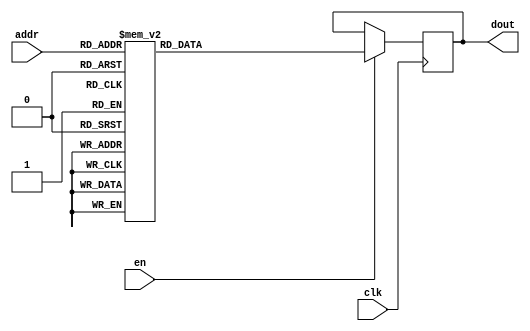
`timescale 1ns / 1ps
/*
Copyright
All right reserved.
Module Name: rom_syn
Author  : Zichuan Liu, Yixing Li and Wenye Liu.
Description:
A synthesized ROM: ROM_DEP x ROM_WID
*/
module EC_1_W_ROM_F_1(
// inputs
clk,
en,
addr,
// outputs
dout
);
localparam ROM_WID = 1152;
localparam ROM_DEP = 32;
localparam ROM_ADDR = 5;
// input definition
input clk;
input en;
input [ROM_ADDR-1:0] addr;
// output definition
output [ROM_WID-1:0] dout;
reg [ROM_WID-1:0] data;
always @(posedge clk)
begin
if (en) begin
case(addr)
		5'd0: data <= 1152'b010110000111101101011001010000011100011010100100111101010100110000011011101001111111001100110101100011100000001100000110011110110000101110001001100111000000010000010010110011100011110110000010101110100001000110001000011001101101100000111110010010100010000101010011111010101001011010001100000111101100000111111110100101000111101010111001110010001100000111011010011110100001010000101001010100111010110010111101011111000001100011101001101111111011011011111100110011011010100001100100110100010011011000001000111000011001011101110000001100101000100101111010110000010111111001011000011111011111111110000001010110011100011101111010000010100111100110101101000101110110100011011110010101111001110011110001000011101001110100011101001100110011111101001101001010101100100001011110110001011001001010111110110011000101100010100001100101100000101001110001101001010000001001110000110110000001000010010001100110111000000100001111101010001110111010010111111011001001010111101110001010000101000100011000001111000010110010100100000000010000010000010010000011001000101010000100100000101110010110001101110100111110001000010110000010011100011010111100100011101101101100000101;
		5'd1: data <= 1152'b110111010110101110000101011011111010110001110110110001110110110011001110010011111100010110000111100111011010101011001110110101011001110111101011101111001110000111110110111111100001100011100010110010010100001111111000100111101011010100101110110001011010010010011101110111011000110001101001011100011000001111101110100100001111111000110101010010010100101110101101010100100000100010000101010010110001100010010111010101110100011011000011111011111010100011111110110011101001010111001111100011011000101010000110010001010001111001111000010111111110001000101000011110111010111011111000001100110010110111001100110111101100011111111000110100101001100010011100000101110110101111000100011101010000001110000010010110010111001111011101010100100011111100111101011100000001001000011110100011000111010011000001000011100011111000000110011001010000110111010000110001100000010100010011100110011000000000101000010011111001001110000110011100101001001111011000000010111001111110010111011111011011011110111010011100000100001100111101001110001000101110001001000000110010001011010010100110010000110010001101001011101110010010110001101101101110000001100011000001000101100010101111;
		5'd2: data <= 1152'b000110011010011111000011010010110011111110011011011000010001011010101010110001110101010010110011010100010111101100011100010011010010101011010011010110101000000101011011110010100010111010110110111010111110000010000110010101001100001111111100000110000011001100111000011110010000001011011001000100111000111010110101000011011100101001100011100100001101011010101101010100101000101100111010001110000111111101000011110111000100011111110110011001110100111110000100101010111001000111001111100100110000000001101110010111001101011111001100011101011001110000010001111111110010100111010011111100000010110101001010011101000111001100001110001110101010101010011000110100110001111111110110000110001101100001000000101001101101011000000101010100111111000011111111010011110011100110100011111000001001111011000011010001110001101111001110101000000010010100101010101010110001010100000111111110010101010010111010010001101101010110000100010111010010011000111011101011010000000111111010011110010011010111000011010011100000001011111000111000000001100010001110100101110101111000100110111111001000000001001000101101101100010000101101111100111111000011111111011011110110001001110110;
		5'd3: data <= 1152'b001000010011011100100010010011000110010101001110101100010010111101000110110110100001010111110110110011001010111001001101111101111000100000010110110100111100011100010001100011101010110100101110010101001111010110110011101101100111101100010111110100000010001011001000100000110000101100000011010100000000011011101001110110101001111101011010000111110000101000011100101110011001000011001110010000000000111110011010010001101100000101111110101000010010011010110110110111000011110111110101010011110000111010011001111000111111100010000010010111011001001100010000110011111110101010010010110100101010100001001011000000011111101001011001000100001101000111100111100011011010110010111101100111000101001111011010110100101111010001111001011011011000000010100001101011111000001011001100011011000011100111010101001100110011100101001111101010011010011000010001110001100001110110110110010111110011010101011000111011011011011010001100010011110010101001111000011000111111110011010010000101000011110111101010110001010011001000110011010100000010110000110111111111000010011001111100110011100111000100010110110110100010010100010001011000001100011110011000101011010100011110011101;
		5'd4: data <= 1152'b010011111001100111101111010101010001011101000101111100110110100101111110011010000100010100001110001111100101110111100010110011101101001100000011000101100011001101011000010010111110100010101110000011001001010111011001011110001101001101000100000110000000000111000101101111010111001001100111110100011001100110010101011011101110111011001001011101010110011111010000010000101101101110111001011110100111101010000001100111100011011100110111011001010111100100111111101111010110000100011111001100000111000111110100110011101000011000010010001111101010001001111011010010111110111010110110011000100111011100101011111100001101001001111101001110100100001010100011001000110011111000011001000101001100100101001000100001110100011011001001101111011110100011110010000111111010101011100001111111000111110011010101010011100111010100111110011000010110111000011000001100111010011110010111001000111111000111010010010101001000110010010100110110000010110001110110101111101010010111110001001110000111000111101111001101100010000111010000111100000101101000001001001001001100100110010100001001011011111011100101001000110011000101100010000001100000011010010010110101001111101100010111;
		5'd5: data <= 1152'b010000000011111001011011100100111110001100101110111001010100010110000110001000100000001100101000011101101000010010111001101100100111010100000001111011110010001100100110001001101100100101001011010101001110101001010101000000110010100111010001110110000000110101011100000101010100011111100100011010001000100110111000100110011111100000100110000010110101100011001111101111010011100100001100111100011010010101100100011001110011101001111000100100000100000111100110000110011110101100101001011011101100101111110111001110000111100010101110010000010000000110100111111101100110010101001011111010011111101001010111000001110011010000010001111001100101110011011110000000011101010101110001111000110010110110101101000010110011011100001110110000011101100001111111110010010110111101011110100000110100011100111010000111001111100011011101000110101011011001001010110110100001110101111000001010101000111100100101111000101100011110001011010110110101100101111101110101100110101001000001000010110111100001010101110011001011111101101111011001110111000010001000010101110000000001000000111111100101010010010110010111110001100010011001010100111001110000111000011001011010011101000000;
		5'd6: data <= 1152'b110010000010101111001010110001111001000010100111101010101011010010111110100001110001100010010100101111010110011010100010001000101111110010100011010111111110001110111000101110011000111010010010101001000000110101101011111000001101001101001111100110100110001101110101101111001111100110100110100100001011010000010101111000001011010110101101010010111000011100111000001000111111001101100010000011000001110011001100011001110110010101100010111010011110100010011011000000100000010100011111101011010110100001010000000111110001100010100001010110100000001111101000110111011100110010110011001101111100010001111100101100000100001101011100000110110101101100010001101101001101010101010101100100010101010001010010011010111000001110100100101101010110110100011110001000111010001110110010000011010000000110001010011000011010010011100001110111011110110011011010010100001100110100100010110101011000100001011010001000010111100010101011010010000101001110100001010101101110100111111011010100000001110001110100110101111101110101011001010110110100001101110111101101110110111101111110100000011001000011010011110010111010000101011000001101010011010000011000011000111101000101111011;
		5'd7: data <= 1152'b111101000000110001110101011100111101001010111100100001010110011010101100001010011100110110100101001001110000101011110001111100101110010100100001101011000110001110000111111011001100000101101001100100010100001011000100101001110000010100000001110100111101100100110100101011010101110101110101100010101101000111001100011100111011110100001000110011010000001010000101110000011001101100001101111000011100001110111110010110111100100011111101000110101101000001100110110110101111111111000111101011001000011011000011111100000111000110111011101010000110001111100011111101011000000101101000011101111111001101010011101001110010011100000011110000111111001000010101100110000101110100010101100010101111100010010010000110011011101111111101100000000111010001100010011001010000101110001101001001011011011010101011000110011010000010011001110111011111111101000111111110000000110000011010110011101010010100011011100111111000100110110011101111110110000110011101100010011101110110101111110110100100010001000100100110111101110001000001010010110100010011010101101010011111100010100001110001001001010110111011001000110011111010000111010110001010001011110000101101010000101101000110;
		5'd8: data <= 1152'b010100110011000101100111001100010010111001011101010000110110010011000011011001100000110110010101101111011111010100100011000001000101000101100011001111100011000110101000111000001000101010000100110001101100010101110001011110100110011111000111011011010010000000110000101110110011101001010001011110111110010010000011001010101101001010000000000100001100111101000100110001101101001100111011000110100100001011000011101011100111111110000000011011111001010111110101101111110000101110011001001101000011110100110110100011100010101001000010001110111001011010101110000010010000101010010100011001101110011100101011011110001101011011101101001011101010001111100011111000110011111010011001001001100100010100001000100101010100001011010000000111001110100011000001111011111000011000100001101111000001111011010101100111100011010100111110011000010110100101011101011100110010110010011111001100111111000111111110110101001011110010000100110100011001011001010101001011101010000110110101011101000110101110101111101110110110010100011001110110100100111011101100101101011111111000100101011100010010101011101010001100110111000001010110110001101010001101111011100111011001110110011011;
		5'd9: data <= 1152'b010101100111011010100111101110110111111100011011111001111011101001001111110110110101111100111001010001111011110001110000111110101110101010000010111011101101101001000001110001100000000110110111000111100010101000011101011000101100001100110101001111011011011111110001101001011001111011111001100100010110100111111010100101101110111010111101011111010110100011110100011011010011000011101110101101001010011011111111101110111010010000111111101100101001000101101011110010111111111111110010110100000010000001010001101110110000010010101110010011100111001010101101010111111100101011001111001000100101110101111100011100001101010010111111000110001001111111010111100011101011111010101111110110111111110000001110010110001010111000010101100110000111110011111000010000111011010111101000010000001100110011101011110100101001011011010011011110101111010101111101111011010111111101111101111001110101011100101011011010011000100010100101110111011101100111011110010101011101001111001011110111101111110001111110011100001100110001001110101000101100100011000010111001001111111100111100110101001111010001110111010101111010110000001101011001011011011010001110111111110011010110000101;
		5'd10: data <= 1152'b101111110011011100001110011010001011110000011101110000011110001101010100001111001110001001001011101101010010010100100001011001110100101100100110101001011011110011001100111100011100100111000011101001011111111001010111100011010011110101100001001100111000010101011001001000111110111110110111111011001011001111111010101011010001001010111110011100011101001111010100111101011101000111000101100010000000001011001011110110110101101010011111100010001011111110001001111001101110100010111011011101011001110001101001110110000011010100011000100100011101001100100001110011001011001100101101000101111110101010101111001110100110011110010001110110111111101001110101001111000100100001011011101000111100111010100001010000100010100001000000000011101010011000000111110101101100111000111000100101110011110000110110001010101110001111001000010111001111000001001100001111010011001001101101101101110000110000100101001110100010101101000101101011000011111011101010111101000101111111110110111011011101101011100100001010010011110100101010101001101010011101001010011000000101011111111011000111101010101101111110111011101111011111011100001111010101100111100101111011101010010011111010;
		5'd11: data <= 1152'b110110001000101011011001101000011101001111101110101100011010011010101110001001011001101010101100010100110000011010111100101000001101001110001000101011011010110010010110111101110001101011010000111010000010000111001011010001001011010000101110010000000000000111101110010111001010111010111100110011101101001100111110111110100111110100011011110010001100001110111101011010010100011111011101011111001100010011000001111010111101101010111011111111011111101001110101001010111100011110000110001111110101000011110100110110100010011110000100001011100001110011000110100100010101001001001001001100010110100001000111111110111010110000111101010000110001111000110100111111110101101101011100100010111011100000110101001011010001110111011100000101011111011101101001111100011101110111011111010011010001100110101100011000110100011111111011111010011110000100010010110010101000110010000111101001010000000101010000110110010010000110110011001110100001000110001111100000001100001010101101000000111101000001000100110100111101000001011101000101100101011101101010011000111101001101001111001000111001111011111101101101010001111011001110000111011011100101001011111110011000101001000111;
		5'd12: data <= 1152'b000111000011000100000110011000010010000111101010100001101101100101010001010100100100010100101011000110111001100111010010000110000011110000111101100001000111000101100101001111111010010101101001001100010000001001000110101100110000100111010001110100100001100100101100001010011000000001100101001001000110001110100001110110010011110101000010110001101011101110010100100100010000001011011101001000001011001011010011010000011110101100010000111000101001011100100011101101001000100101010101110110101011110100111011000001111110100110111011000101101000001111011011111100101110111011100111000010101100001100010011110011011100111011110111101100110101001101011000101110110100010001100001000111011110111111110100110011010001001011000010000101001100011010001010100000111111001110011001000111110100110010110001100011100111001010000001010111010000011101011010011001101011100000111101011011000011110111001101010001011011101110000100010100111000010000111000100011001100100110110011001011001010110100101010101101000111111011111101101010011100111011111111100000100110111100100101111101001000100010011101100110110100100000100000010010100000000011101110001111000110100110011110;
		5'd13: data <= 1152'b100010101100010010010100011010001111110001001001000000011010000011000010110101001001110001010000111000111110011101101110001010000011100000010111010110101000001110011001001111101110110100010100011010001110111110111010101110111101100110010010000010000000001001000101101111110010110001111100100001011111010010010110110010010010010001001000101001100100001010011100001100011100000110111101100100101000100011000011110011101001011111000001000011010001110000010011101101010101100101000111001110010000000101101100001000101101111000011100010111111000111010010011101011101110100110110110011111000011110110101010011000000110101100111111101100011010001000100001100000110010011001111001111111100101100110010110111011011100011101001000011101001101001010011100011011010101001111111001110111110011111111000001000001100001010100100110111001000111010001001000101101100101010100101111001000010011000101101000000101101101111010000100111001011011111101111010011010011110000111111001011101010011010111101010110001100011001001010101101000001001100010100001111000110011001001011001100111000101100110001110001111011000001111000011001111000111000011000110101011010001110111010001;
		5'd14: data <= 1152'b110001100101010000111111101101000111001000001010001111001101001101110000001110101000101111110000111000110001110000101000100011010101010011111000111000011001010000000101001001000111000101001001011111011110100001000010001011110011100000110001011001011001110000011110010110000100011110101101010011110010001001111001000010010111011000100101000000100000100110101011010101010110011101011110100001111100010010111110001000000111101000001001000111101001001101111101001101001100111101111000111011100101110100101111000010000101000101111011111010110100110110000101001001000111010001001101000011111000001010110110100011010001000011110001110100100101011110110001010001011111110000110110001011110010011101100001000111111010100100000010010111110010011100000001111101011101010111011101110101111100010010110101100000011111011001001101010010111101001001001001001001010101111010100000011010100000000100100111000110100000000110011011110001100110000101101110010000111011001101100111001000101000100000011100110010111100000101110101010010000000010111101001100110111100000001010111000011110110011011110011001001010011001111001000000011001001111110010000010100011101100011000101;
		5'd15: data <= 1152'b111010110111000101011011110100110000110011111010111010110010110001101111110110101111110010111010011110111100010000111100111101100001100010100110111111011000000100111110010111111101111010100101111011010111011000101100110110000101011001010000001110001000101001111111110111101110110000111011010101100111001101011001011100110111010001001101111011101000111111101101010111011011101010000100010110000110001100000111010000010010001101110111101011101110110001011111110011000101000101110101000010110101111010011110011010100111101011101100100011001011100001100100011101110110100111010011011110000100110011101000111001100011100000011100010011101100110100101111111011000110001001000101001000110011010101110010001110010001110000011111001001010010111111001000011100010111111011011101001001100001100101010001111111100000100001011011011010110111000100011010100001100110110000010001100010010111100110011010100001100100111111000111000000000001100000101010000100100001011001101011010100001000011011000011101010101101000101011000110101100001101111111100111101110101001001001111000100010001101011000011000011110001100011001110000100101010111110100100100101111000111011001111;
		5'd16: data <= 1152'b010010100010101100001011111000110010001100000110011110000110111101010111010111111100010101101001110100010111110101111010110111001010100000010011001111100101100110011011110011011001111010100100110011101001110110010001011100001101011101001110111111001110001101110001001110110011011011110001111110010111100010000011100011001000111001011001100100010100110001000110100001101011110010110001010001111100011011100101101011100100011010010111011110010101000100111101011100000100101100001110001100001111100100110000100001101000101001000010110010111001110110101110100001110111110110110101001101101111110001011110000111101010000101111101011001101000011100100010010000101011111110000101101011101001001100001110100101011110001011111100110111100101000011100110101111110011110010100111010101010011010100010000011010000000000011111010101000010110100100010001010110101000001111100111001000100001000111000010110110001111110001011101110010010110101101100101011011100011010101101001000111010100011011010100000011110010100100010001111001001101110010001100111011001100000000010111001000110110111101100001110110110011100010111010100011110010001100100011000110010110110011001100;
		5'd17: data <= 1152'b001111001011010000011010010101011000100010011001100001100000111111100001100101011110000000010110111011010000010000111011111110100011010100110111010100001101010110010001101010101000010101101100100000010010111010110010011111110000111011000011010110101111101100111100001001011000000011100010000000001111111110101101010100001000100100000001111100000111111101100001000000100101001001111001100110011011101100111010000100011101100101000111110011011001010001000010100111111011110001110001110101110100101110011001101000111101100110000010101111000010000110010101111101001100111010100010111011100111110111111101010011001110111111001111101100110010000001011101000110011000110101100011110001001110000011000110110010101001001000011010011000001000110100010101111011111110001000110001110001110110111010101011000011101101011110010110011001001101001010100101111110100110110100000111100001010111100001110000110001100010011011000110111000111001110011111110100100010101111010010000101001011111100011101011100100111010010100101010011101101100111100101010000101101101111110100100010011111001101011111110100101010011011001111000101011101101100011010110011011100011110101000110;
		5'd18: data <= 1152'b001000100101111011001011000011000011011010011000011111011111011110000101111000101001111110000010111101000111010001101111110101100000010000010100110011110000010000010011100000100110001001001000010100001110000010000100100100100011100110010000011000000101011010110110010011001110100110001100010101111000011101111101011110010111100111110010110011111011001100101001011100010110001001101110001101010000011111011111010011011001101011101011101010110001011101001001111110000101011011110001011101100011100100111010010110000101000010011001010001110011000101011001011010101010010010101000010110110111000100010100011001010010101001010101001110110111100011110001100110100100000001010001100110111111111010100110000010110101101001011000000101010111010100111010010000001011100111111000111111010000010110100100011100011001101011001011100011101101001001101101001111111101100000000011001101111011001000110011111010001101101010000000010101111111000111011010111000111010111011000101111001100011110101011000001001000010111100000110101100100110000011011000000110100101011111100001110110111110101110110010000011001100111010111101000100101000010111111111110001111010010010110000;
		5'd19: data <= 1152'b110111101000110010110101111000111001001011101011100001101111001011100110001101011100100000001100001001110000011010010010001000000110000000101000100001101010000111001000111000111111111001010010011000010001010101001110010011011001011011010011010001110111000101101110000100111100111011011001011011101100001110111001111100110111010010010100110111011011001011010101101111010101011010000111110001111110110000111100000011100010000011000101011111101111001001110000010100000110111111000000100101001011000001010000100001010010011101101101011001010011110001100101100101100111101000011001010010010100001000110100100101111100011001110000010110100000011100000011011100100000001100001000001010111001111000111111001001110101001111101101000100000011001001010101001100010101110000001111000011011011001100100010111010000000110011010011111011101111100100110011010000000100010111000010100000001011010100010010010111010010000110110111111000100100010000000001001011001111010100001101010100111110100000010111001110110101001000011001100110111101111100010000110100110101001111000001010100011010100010100001100011101100110010110110000100110011000101011110110111111000111100111010;
		5'd20: data <= 1152'b110111101000000000011000000001011000011101101000100000110101011000000001000011010101100000010010000101111000000011000100000100001000001010000011000110011000000111000101000011001100000100100011110010111001010110010010101001011000011000010110100110000000001101001011110101110010010001101110011101011100010100001001100011001000100000000001100110110100100000011100011101010000001100001101101111001010000011000011100110111110101110110010101010100100011000101101100111110010001000110101010011110001000110000111000010111100110000111011101010000001010000000011000111101111100110111001000100101101101001111110010001010100010111111101010110000001111110100111110101001011111010111110010111000100001101011110111111101010100101000000010011010101101110011001101111000100001001011100110111100000101011111001100100010010101100100110111100110101110000110100100011100111011100111001010110101001000100010000100100111100011010000101101101100111001001111000001010011101101110110011011110000101010001001100010001101101000001010001100100100001110110000111110111000011011011111001110110100100000100010010110011101110110110111101100100010111000110111000110011110110011100111001;
		5'd21: data <= 1152'b010111110110010000011110000010101101001111001001001010000001011010110000111101111001100001100001111111100101101110101110001010110001101110110111001011101111110010011100110110011001001001110001001010010001010101110011010110111001110000110101000000111001110101101101001110011111000001010011011000011111011011110010011010010011011010011111101100010011011101011010010100011001100011000101110011100110011001110111101000011011001011101101001010001111001011101001001100111100111100100100001101101101101000110100001110101011100010000111010001111110110010011100010000111011111011011110011010010011010111101000010110101011110010101100011000111001100101111100001110011010100011010111110000010111011011110101001011010001011010001111101100001001011101011001111101011101100011000111110000111100111010110000100000000101000100101011011111000000010000011001011100000001111100000000001101100001111000100100001000101001010110001010010111111010000111011101010000011011101011111110011010010011100011001111110010101011011000000100011000111001000101110000001110011001001011010111101010010011010011100101011000010011111011001110101111000000011110000001010100011001101111000111;
		5'd22: data <= 1152'b100000110101010011100001100011010011000100001001010101000101000010010011111000010110001010110000000010000010001001110100001110100010011101111110011010010000110001110101101111100111010101001000110101001100101000110111101101110000000000101011011011001111101010110101000101101110000001001110100101010101111011010101100011001000010101010010000001111011001101100101011010110111100001011000100110010100101010001001000010111110110111100100010000011000111010100001101000110001101101111110010001001110111001011000001000000100110001111111010000010001111111000101011011000000010110101000001101111100111100000000010011110100010110100010100101001010010110001100001110011101011111100001100010000111001111111110111000100010001110001100000110010101110110101110000000110011001000000100010011010000001110001110011000110000101001000011101011101001011001000010010101000100110011001010110001111001011010010010000011010111110000101001100111100110001110001000010100111010111110000011011000100000010001011101010011101000011111001101100110110100001111001100100000000101111111100001001110000000001111111110111100110110001100110101010010011000000011100110110100011101000001110011;
		5'd23: data <= 1152'b110111001000100111001000010100110111010101110111001010010011000000101011010011111101111111000011001000010010001010110000000011001010001110000100000111101011011000111000100110110110111010100111000000000111100111011110111100001110101001001101001010011000001011110111111111000011000110011000011100111101110000010111011001111010110000101001000000010000011111100100001000111010011010110000100011100011100011000011110000111010010110101110001011010111100010011011101100101000001111010111000000010010010001010010000011110000001110100001101101100000001111001000010011111110100010110001110001111101100000011100001100001110101010001101001110011000000100000011100101100011011110100001101010001101101110100010100001111011011001100000000101000110010011001010010011110011101010100001110011100001001011010011111001010010111111100111101100010110101001111001001101011000101100000111000000010011000000101000000111110100100100101111101010000001001000100111000010101110010110001111110000101101000000001100001110111101110011011001100010100000011100100011001101000101011100110011001010111100001111001010101001111100001001110000110101101110100011111110000100010010100010110000;
		5'd24: data <= 1152'b100110000010100010011001010000111001101011000001100010101111010010001010100101001000110110110110110011111000011000000011001000001010100000001001110111100000001111010011111100011000111000100110101110101101000100001101110001001001110011000010100110010010000001011100001111111101111001010111111110111110000110101010101001001111100110011111110010111000001110001111110000101001000110101001110110010001101110000111101001111011110010111101110011001011000010011010010100111001100000000100010011100010101001011011001110010010110000100101100000100110011000000111100101111100110110110010110011000001011110010010011111100101010010110110000110001010101110011100001111010001011100110011110101111101010111001101011110001110111100011100111111010011010010001111011010100100001111101001110110000000001100011011011000111010000100101000100000000101100011001001010100111101001111101011010111010100001011011011001110001101110000100011010100000100001110100011001011011010000100101110110010111000001111110011110101100100011110000010110010000111101011001100100110010100000111010001110001111110110010000101011110101100111110000001011101110111000010011101000001101100100110111011;
		5'd25: data <= 1152'b101111000000000010100111010100110101111000111011101001000010100100010111010010111111010001110011011010011101010101100101011110001101100110011100110101010000000101110010000111110010011101111110011111001110101000001111100010010011011110011001101010000010100111011001111001100000111000101101101011001111001100111010111110111010001101011101010110111111001110111110110000011100010101111101001110000011011001001011110100110111110110101100111001010000111001010011111010101011011010111011011010110001001010111011011011101100110110110000100101010011100100000010010000111110101011010111011110010110100101101110100011001010100011011101000100001001100100111100011001100000011110111101001110010011001001111110000011101000111110011111111100010001000110000100110100111100010010111001111010001011101111011011110010010011011101001111111100000000011000010010111000101101010100101111011100111100111100101100101000001111110011100001010101011000100101001000011000010101111011110001011110000100011110001001010010001001000010011111100010000011100010100010110110101100000110001101010101110011011001110000110011001000100010100010000100100001110100110000101110101010011010100001;
		5'd26: data <= 1152'b010001101001101110001110011111101010101101100001010110100100001101110110010100001110010100001101100110000011000100000001010001010010001010101101110011010011011001101110100000110110101011010111111001000101001011001101100001101101000100110101010100001000111101010011001000101110111110110110001011011100001000111010100101111100000000111000110010010000101011110101011111110100001000010110001010111111010110101110000011100000100001000011011110101101101101111100110000000100110100000010100000001011010101011011110001000010011111100101101101100011110000001101100011110101111110101011010100001100000000001100010000101100100101011100010111110110101000110011111001100011101101011100011100011010110000010001001001011101000111110000100101111011010101111010110110111010011101101110001110011000100001111000100111010010010001101100000100010001100101111010100001010100100101011000000010101111000111001011010111110011010011010010010110010101100111000001101111000011000100001101100011111000010110010011001100110101111010011000100011110111101011110001010100110111000011010011110100111010110010010001000011001100011110110101100100101111110001011110100111101011110100110010;
		5'd27: data <= 1152'b110110101000101010010001111000010010011110100010001001010000011100001010001111000100001011001101000010111100111011110000000000101100001110100010001111101000001100001000110011111010111010110110110010101101010001011011111100000101101001001100001010000000000001000011001010100011110000000011110110101110100000000110101000000000101001110100100101011100110000101110010011101010100000110001000111000001111111001001101001100110111110100010011101010100101110111001001101000100001110111111000000011111000001010011000111110000100100111101010010010000011110100101010011101100011101101111110001011011011000010111111111010111110111111001010110010101111100000001101110010101111100100011111010001101111111001110111001111100011111101000000001101111100110101111010111010000101000011001100011000000011111001011110001001011111011000101110111111101101000011000100100101100101110011000110100001110101000001001000001110100110010010011110010000110000101000110001000011100110010101111111110100001010110001000100001101101000111111001100100100000111100010011101001011111111001100011001101110000100111001010101010111101101100110101100000011010101010011101110111010110100001000101;
		5'd28: data <= 1152'b100010000001001101011111010000110000101111001111111011011010010000010010110101100001110100110010110101111100001001011010001011100101100010110011010100111100011000110011111011101010001101101000010110101010111110010011110001110011011111010100110110101110001011011110110011000001000010111111101000101110111001000101001001101111100100110101110110110011010000101111010101101111011011111011000110001000001010011010110000010111001111101010100000010000010001011010101101010001100111111000010001111000001010011000001000010101100000010100110100011010001101101110111011101000110101110100011100111011011110010001101000010001101101000111101100000010001111011100110111000101110110110011111110101111001110100110010110001110000100101101100010111100100000100101100000111011010011111001110100011100100100100000010000011100001010100001110001101111001011100000110100011101110110000000111101010000001010010100001000011100001100000000101001100110001111011110111000011000100111000010110000100111010111011101100000000111010010101111111100110010000000001100001011001000011010110111001101101000001110101110011111001111001100110001110000001100001110110001101111010101001010011001;
		5'd29: data <= 1152'b111110111100011000010011101111001111110010110001011010000011110010100101101111111110100010010101101010010110101100100111111001010000101100111010010111111100110000011001100011100010001000101100010010101110001100000010110100001100001001011100001010100001001010011101010011010011011001111011011000000010111101100011011000101101100001010011100100001010001010000111010100001100111000011001111101010111111101101000000111101000010110110110011000010111110000001110101111110011010010101101000110110111001111110111111101111101111111000000011101111010111001110010101010110000110110110000011101000000010111111010111001000110001101011110000111101010100101001110011110010000011001010011001011011100001011100010110010100101011010101010111100000100110111000001001110100111000010100101111110011101110001010101011101000100001100111110001100010110010100111111001011111010010010000100001111110100010111100101111101001000101001110010010001001010011101011010000000010000000001010111111100011001011101000010110110010000011100111010001001000011100001001111010001111010100001000110001011000010001000001010001000100100000001100110110111101110001001010111000011101111110000100110;
		5'd30: data <= 1152'b111010101111111010010011110010001100011111000100000001010010111110000001101000100101000011110111001011100010011000101110000001011000101010011001010100011100111011110001000011111000100010110000000000110110110100011001101101000111111011110110001010110010001111011110011000111001001110111001011111001011101101101010101001110101000001010101110010011101001010001111010100000111011000101001000110100011111011010001010111100001010101000110101001100110111100011000101001110000001010101111011000000001000101111110010101001101111110010100111111011010111000110001001001010000000111110001010111000010110101110010101001000111001000010101111100100100101010001110100000001100110110110110001111000101001100101010111100110111011000100101011010111100101111111001010111011011000001001110100011101100001101010000011010110100011101100010101111110000100000111001000101001100000110001110111100110111010011101110001100001110100010010001100010000100000111110111001000010000000101111100100111110001000101000100000011100011010000100000110001100001100011101000100001110101101111000100100111100000101000100010110100101110001110100001111010111001101110110100011010101101001000101111;
		5'd31: data <= 1152'b100011100100111111001100100011110000111111000111010010101011011111100011111101100101111110111000110111101011110001001100100001000000101111010011011111111010011011101010100110111100101010101111110000100010100010011010110100001101111010111110001110011010011101110001101111010111111111110000010011011010000010000110111010011011001111111001100000010000111110001100110000101101000101110011010111100001110111001001111001100010010110110100010001010110101100110001101111111100000110100111000110001001000111000001110111000011101011100111001000000001011011110110110101010100110110110001010101001110000001011011111100100000110010011101000011010100111100101001101000110101111001000001101010101101101110101100101001011100101001001100100111001110010011001110110111011001101100000111010000111001100100010111111101001100101011001000100000100001111010001110011001111001010101000100110001111111011000101111001100010101110000011101001010001111011011010111111101001100000101101010000111010001111111000000100010110001100110100000010001011101100100001110010001011010100001000001100101101100011111101101101010100011100100011110110110001011001100001011110100000101101010011101;
		endcase
		end
	end
	assign dout = data;
endmodule